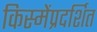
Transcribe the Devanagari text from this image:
किस्मेंप्रदर्शित